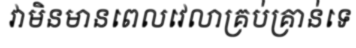
វាមិនមានពេលវេលាគ្រប់គ្រាន់ទេ